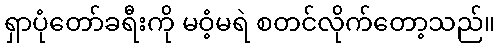
ရှာပုံတော်ခရီးကို မဝံ့မရဲ စတင်လိုက်တော့သည်။